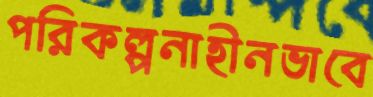
পরিকল্পনাহীনভাবে